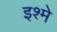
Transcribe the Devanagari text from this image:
इश्मे